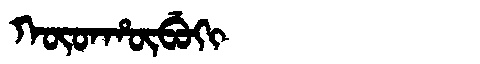
Manchu: ᡴᡡᡨᡥᡡᠪᡠᡴᡳ
Romanization: KŪTHŪBUKI